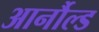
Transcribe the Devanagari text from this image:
आर्नौल्ड